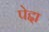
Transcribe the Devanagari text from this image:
पेद्दा